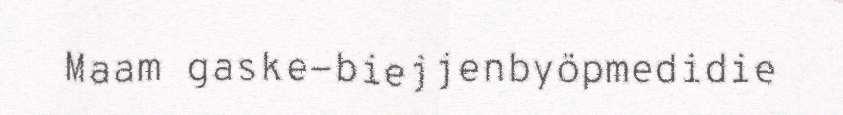
Maam gaske-biejjenbyöpmedidie